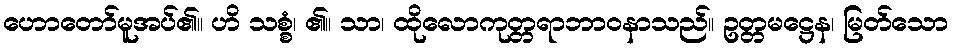
ဟောတော်မူအပ်၏။ ဟိ သစ္စံ၊ ၏။ သာ၊ ထိုလောကုတ္တရာဘာဝနာသည်။ ဥတ္တမဋ္ဌေန၊ မြတ်သော